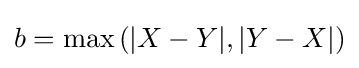
b=\max \left(|X-Y|,|Y-X|\right)